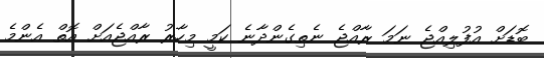
ބޮޑަށް އުފުލިއްޖެ ނަމަ ރާއްޖެ ނެތިގެންދާނެ ކަމީ މިހާރު ރާއްޖެއަށް އޮތް އެންމެ